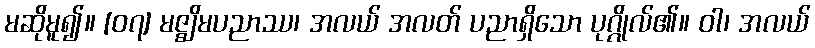
မဆိုမူ၍။ [၀၇] မဇ္ဈိမပညာဿ၊ အလယ် အလတ် ပညာရှိသော ပုဂ္ဂိုလ်၏။ ဝါ၊ အလယ်